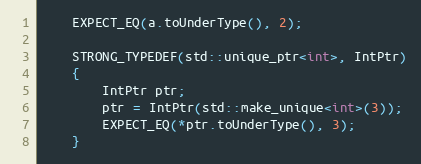
Language: C++
    EXPECT_EQ(a.toUnderType(), 2);

    STRONG_TYPEDEF(std::unique_ptr<int>, IntPtr)
    {
        IntPtr ptr;
        ptr = IntPtr(std::make_unique<int>(3));
        EXPECT_EQ(*ptr.toUnderType(), 3);
    }